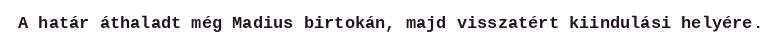
A határ áthaladt még Madius birtokán, majd visszatért kiindulási helyére.